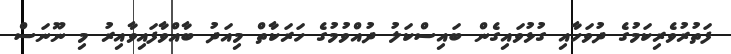
ފަތުރުވެރިކަމުގެ ދުވަހާއި ގުޅުވައިގެން ބައިސްކަލު ދުއްވުމުގެ ހަރަކާތް މިއަދު ބާއްވާފައިވާއިރު މި ނޫނަސް